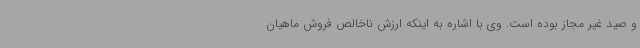
و صید غیر مجاز بوده است. وی با اشاره به اینکه ارزش ناخالص فروش ماهیان